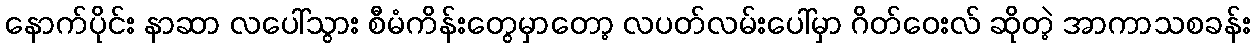
နောက်ပိုင်း နာဆာ လပေါ်သွား စီမံကိန်းတွေမှာတော့ လပတ်လမ်းပေါ်မှာ ဂိတ်ဝေးလ် ဆိုတဲ့ အာကာသစခန်း